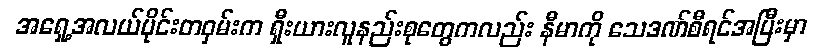
အရှေ့အလယ်ပိုင်းတဝှမ်းက ရှီးယားလူနည်းစုတွေကလည်း နီမာကို သေဒဏ်စီရင်အပြီးမှာ